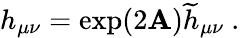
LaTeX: h_{\mu\nu}=\exp(2\mathbf{A}){\widetilde{h}}_{\mu\nu}~.